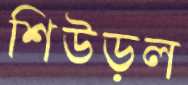
শিউড়ল